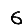
Digit: 6